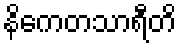
နိကေတသာရီတိ